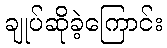
ချုပ်ဆိုခဲ့ကြောင်း